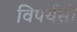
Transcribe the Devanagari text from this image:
विपर्यसों